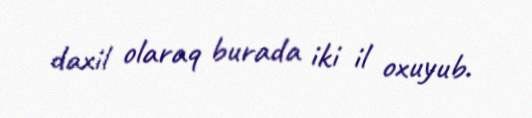
daxil olaraq burada iki il oxuyub.